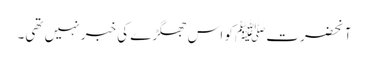
آنحضرتﷺ کو اس جھگڑے کی خبر نہیں تھی۔